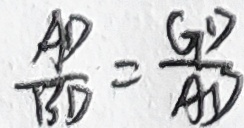
\frac { A D } { B D } = \frac { G D } { A D }